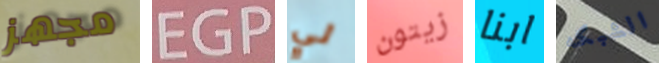
مجهز EGP لي زيتون ابنا الشبكه